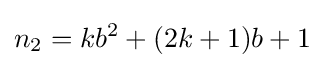
n_{2}=kb^{2}+(2k+1)b+1